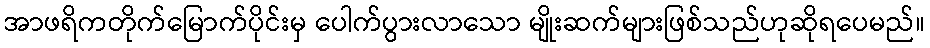
အာဖရိကတိုက်မြောက်ပိုင်းမှ ပေါက်ပွားလာသော မျိုးဆက်များဖြစ်သည်ဟုဆိုရပေမည်။